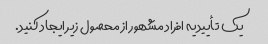
یک تأییدیه افراد مشهور از محصول زیر ایجاد کنید.